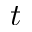
t